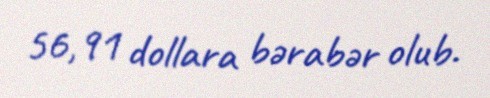
56,91 dollara bərabər olub.